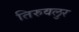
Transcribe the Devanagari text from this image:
तिरुवलुर